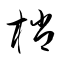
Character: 梢